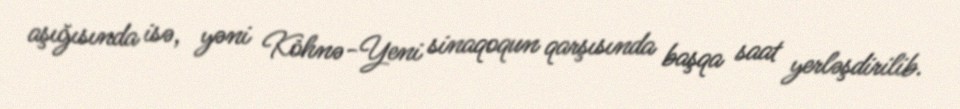
aşığısında isə, yəni Köhnə-Yeni sinaqoqun qarşısında başqa saat yerləşdirilib.